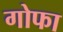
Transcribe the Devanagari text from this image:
गोफा